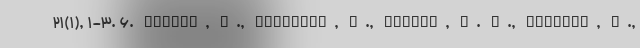
21(1), 1-3. 6. Danaei, G., Harirchi, I., Sajadi, H. S., Yahyaei, F.,